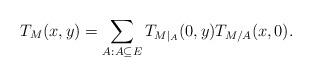
LaTeX: \begin{align*}T_M(x,y)=\sum_{A:A\subseteq E} T_{M|_A} (0,y) T_{M/A} (x,0).\end{align*}